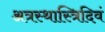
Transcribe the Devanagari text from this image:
अत्रस्थास्त्रिदिवं